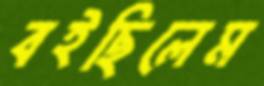
বইছিলেম